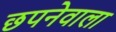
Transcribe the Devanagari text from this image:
छपनेवाला